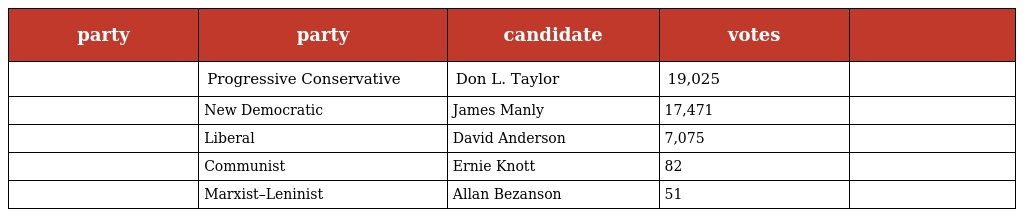
| party | party | candidate | votes |  |
 | --- | --- | --- | --- | --- |
 |  | Progressive Conservative | Don L. Taylor | 19,025 |  |
 |  | New Democratic | James Manly | 17,471 |  |
 |  | Liberal | David Anderson | 7,075 |  |
 |  | Communist | Ernie Knott | 82 |  |
 |  | Marxist–Leninist | Allan Bezanson | 51 |  |